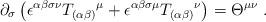
LaTeX: \begin{align*}\partial _{\sigma }\left( \epsilon ^{\alpha \beta \sigma \nu }T_{(\alpha\beta )}{}^{\mu }+\epsilon ^{\alpha \beta \sigma \mu }T_{(\alpha \beta)}{}^{\nu }\right) =\Theta ^{\mu \nu }\ . \end{align*}